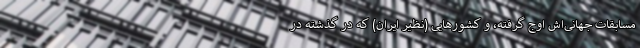
مسابقات جهانی‌اش اوج گرفته، و کشورهایی (نظیر ایران) که در گذشته در